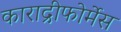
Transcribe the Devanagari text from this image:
काराद्रीफोर्मेस